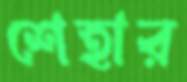
শেহার